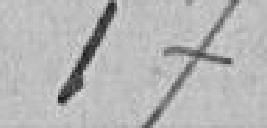
173